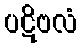
ပဋိဗလံ